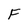
Character: F